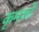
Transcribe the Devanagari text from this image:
कृमकों